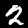
Label: 2